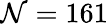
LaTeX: \mathcal{N}=161